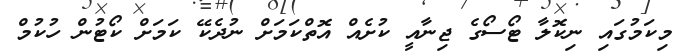
މިކަމުގައި ނިކޮލާ ޓޯސޯގެ ޖިނާއީ ކުށެއް އޮތްކަމަށް ނުދެކޭ ކަމަށް ކޯޓުން ހުކުމް